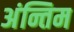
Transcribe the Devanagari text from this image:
अंन्तिम